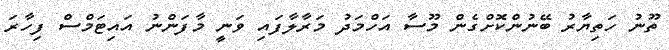
ތޫނު ހަތިޔާރު ބޭނުންކޮށްގެން މޫސާ އަހްމަދު މަރާލާފައި ވަނީ މާފަންނު އައިޓަމްސް ފިހާރަ